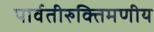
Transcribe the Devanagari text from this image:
पार्वतीरुक्तिमणीय